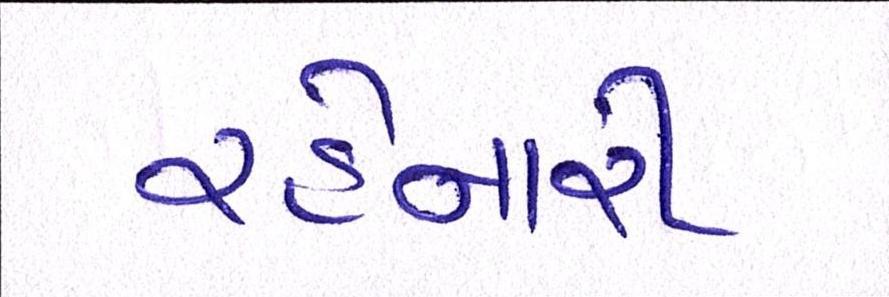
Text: રહેનારી